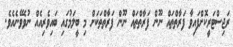
ރަޖިސްޓަރީކޮށްފައިވާ ފަރާތްތައް ނޫން ފަރާތްތައް ނޫން ފަރާތްތަކަށް މި ބީލަމުގައި ބައިވެރިއެއް ނުވެވޭނެއެވެ.